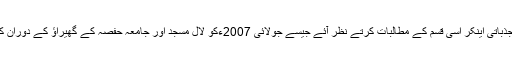
ہمارے میڈیا کے جذباتی اینکر اسی قسم کے مطالبات کرتے نظر آئے جیسے جولائی 2007ءکو لال مسجد اور جامعہ حفصہ کے گھیراﺅ کے دوران کیے جا رہے تھے۔